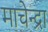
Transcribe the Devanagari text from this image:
माचेन्द्रा